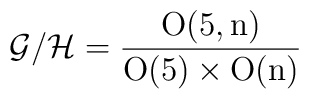
{\cal G}/{\cal H}= \frac{\mathrm{O(5,n)}}{\mathrm{O(5)}\times  \mathrm{O(n)}}